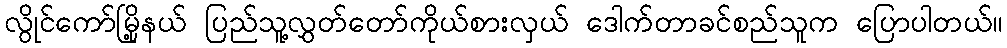
လွိုင်ကော်မြို့နယ် ပြည်သူ့လွှတ်တော်ကိုယ်စားလှယ် ဒေါက်တာခင်စည်သူက ပြောပါတယ်။